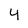
Character: 4